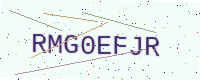
Text: RMG0EFJR